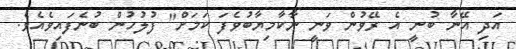
އަދި އޭނާ ބުނީ އެ ރޭވުން ވަނީ ނާކާމިޔާބުވެފަ ކަމަށް" ފުލުހުން ބުނެފައިވެއެވެ.